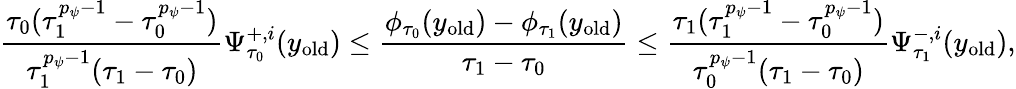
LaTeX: \frac{\tau_{0}(\tau_{1}^{{p_{\psi}-1}}-\tau_{0}^{{p_{\psi}-1}})}{\tau_{1}^{p_{\psi}-1}(\tau_{1}-\tau_{0})}\Psi_{\tau_{0}}^{+,i}(y_{\mathrm{old}})\leq\frac{\phi_{\tau_{0}}(y_{\mathrm{old}})-\phi_{\tau_{1}}(y_{\mathrm{old}})}{\tau_{1}-\tau_{0}}\leq\frac{\tau_{1}(\tau_{1}^{{p_{\psi}-1}}-\tau_{0}^{{p_{\psi}-1}})}{\tau_{0}^{p_{\psi}-1}(\tau_{1}-\tau_{0})}\Psi_{\tau_{1}}^{-,i}(y_{\mathrm{old}}),